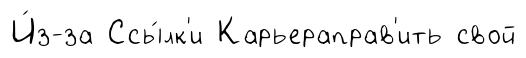
И́з-за Ссы́лк'и Карьераправ'ить свой